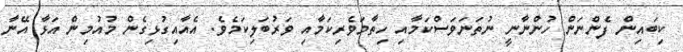
ކިބައިން ފެންނަން ހުންނާނީ ނުތަނަވަސްކަމާއި ހިތާމަވެރިކަމާއި ވަރުބަލިކަމެވެ. އެއާއިގުޅިގެން މުއުމިން އަޅާ އޭނާ